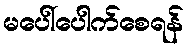
မပေါ်ပေါက်စေရန်